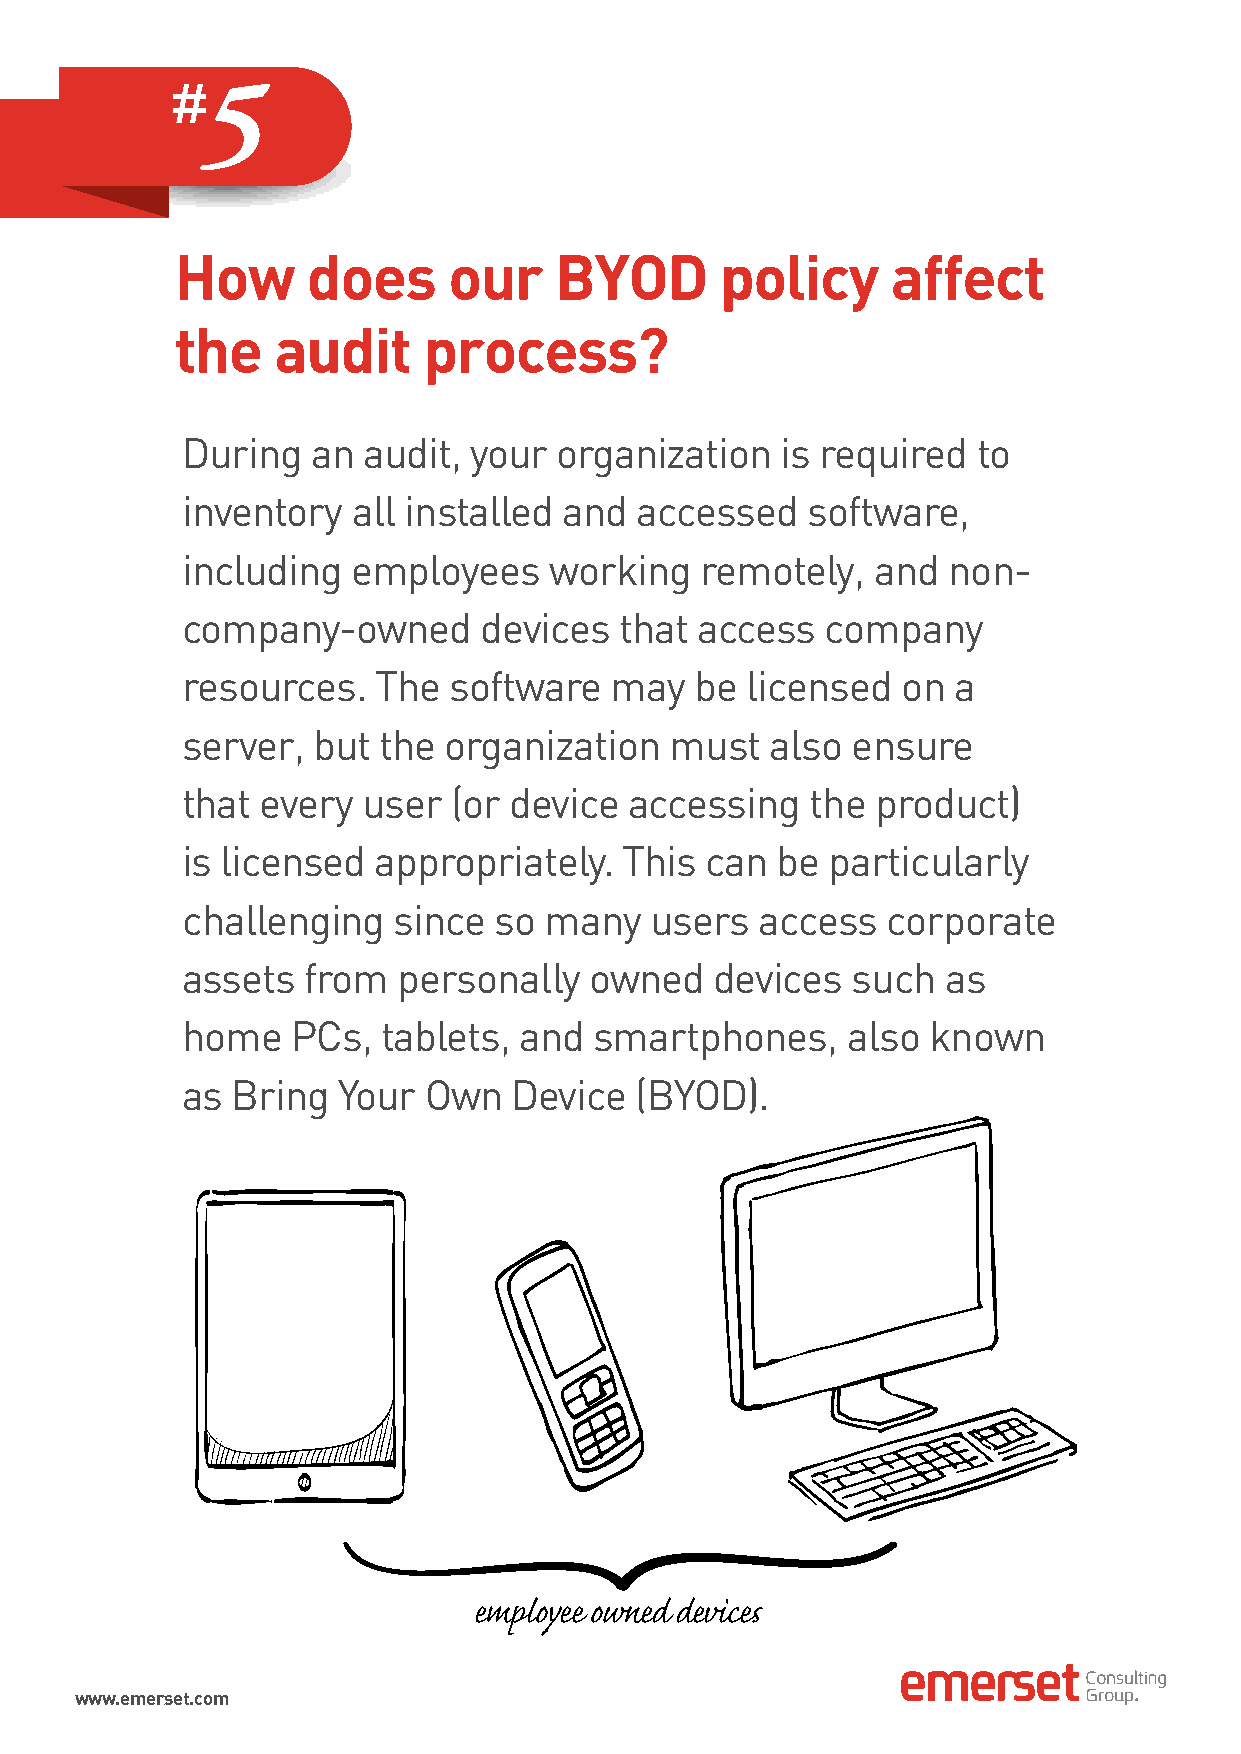
5
 How     does      our    BYOD       policy     affect
 the   audit     process?
 During   an audit, your  organization   is required  to
 inventory  all installed and  accessed   software,
 including  employees    working   remotely,   and  non-
 company-owned       devices  that access   company
 resources.   The  software  may   be licensed   on a
 server,  but the organization   must   also ensure
 that every  user  (or device  accessing   the product)
 is licensed  appropriately.  This  can be  particularly
 challenging   since  so many   users  access   corporate
 assets  from  personally   owned   devices  such   as
 home   PCs,  tablets, and  smartphones,     also known
 as Bring  Your  Own   Device  (BYOD).
 employee owned devices
 www.emerset.com